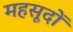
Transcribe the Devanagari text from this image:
महसूदों